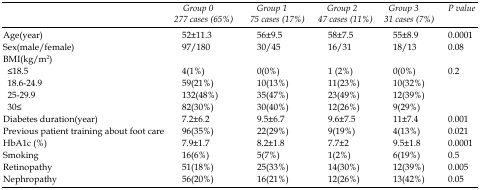
<table><thead><tr><td></td><td><b><i>Group0</i><i>277 cases</i><i>(65%)</i></b></td><td><b><i>Group1</i><i>75 cases</i><i>(17%)</i></b></td><td><b><i>Group2</i><i>47 cases</i><i>(11%)</i></b></td><td><b><i>Group3</i><i>31 cases</i><i>(7%)</i></b></td><td><b><i>P value</i></b></td></tr></thead><tbody><tr><td>Age(year)</td><td>52±11.3</td><td>56±9.5</td><td>58±7.5</td><td>55±8.9</td><td>0.0001</td></tr><tr><td>Sex(male/female)</td><td>97/180</td><td>30/45</td><td>16/31</td><td>18/13</td><td>0.08</td></tr><tr><td>BMI(kg/m2)</td><td></td><td></td><td></td><td></td><td></td></tr><tr><td>≤18.518.6-24.925-29.930≤</td><td>4(1%)59(21%)132(48%)82(30%)</td><td>0(0%)10(13%)35(47%)30(40%)</td><td>1 (2%)11(23%)23(49%)12(26%)</td><td>0(0%)10(32%)12(39%)9(29%)</td><td>0.2</td></tr><tr><td>Diabetes duration(year)</td><td>7.2±6.2</td><td>9.5±6.7</td><td>9.6±7.5</td><td>11±7.4</td><td>0.001</td></tr><tr><td>Previous patient training about foot care</td><td>96(35%)</td><td>22(29%)</td><td>9(19%)</td><td>4(13%)</td><td>0.021</td></tr><tr><td>HbA1c (%)</td><td>7.9±1.7</td><td>8.2±1.8</td><td>7.7±2</td><td>9.5±1.8</td><td>0.0001</td></tr><tr><td>Smoking</td><td>16(6%)</td><td>5(7%)</td><td>1(2%)</td><td>6(19%)</td><td>0.5</td></tr><tr><td>Retinopathy</td><td>51(18%)</td><td>25(33%)</td><td>14(30%)</td><td>12(39%)</td><td>0.005</td></tr><tr><td>Nephropathy</td><td>56(20%)</td><td>16(21%)</td><td>12(26%)</td><td>13(42%)</td><td>0.05</td></tr></tbody></table>